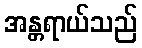
အန္တရာယ်သည်